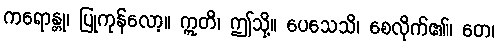
ကရောန္တု၊ ပြုကုန်လော့။ ဣတိ၊ ဤသို့။ ပေသေသိ၊ စေလိုက်၏။ တေ၊